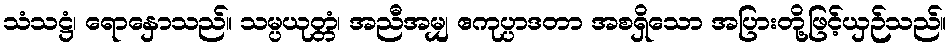
သံသဋ္ဌံ၊ ရောနှောသည်။ သမ္ပယုတ္တံ၊ အညီအမျှ ဧကုပ္ပာဒတာ အစရှိသော အပြားတို့ဖြင့်ယှဉ်သည်။